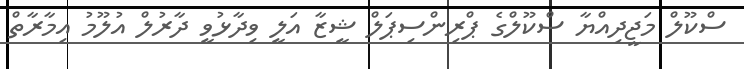
ސްކޫލް މަޖީދިއްޔާ ސްކޫލްގެ ޕްރިންސިޕަލް ޝީޒާ އަލީ ވިދާޅުވީ ދާރުލް އުލޫމު އިމާރާތް